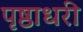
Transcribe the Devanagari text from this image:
पृष्ठाधरी